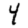
Digit: 4